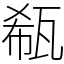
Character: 瓻